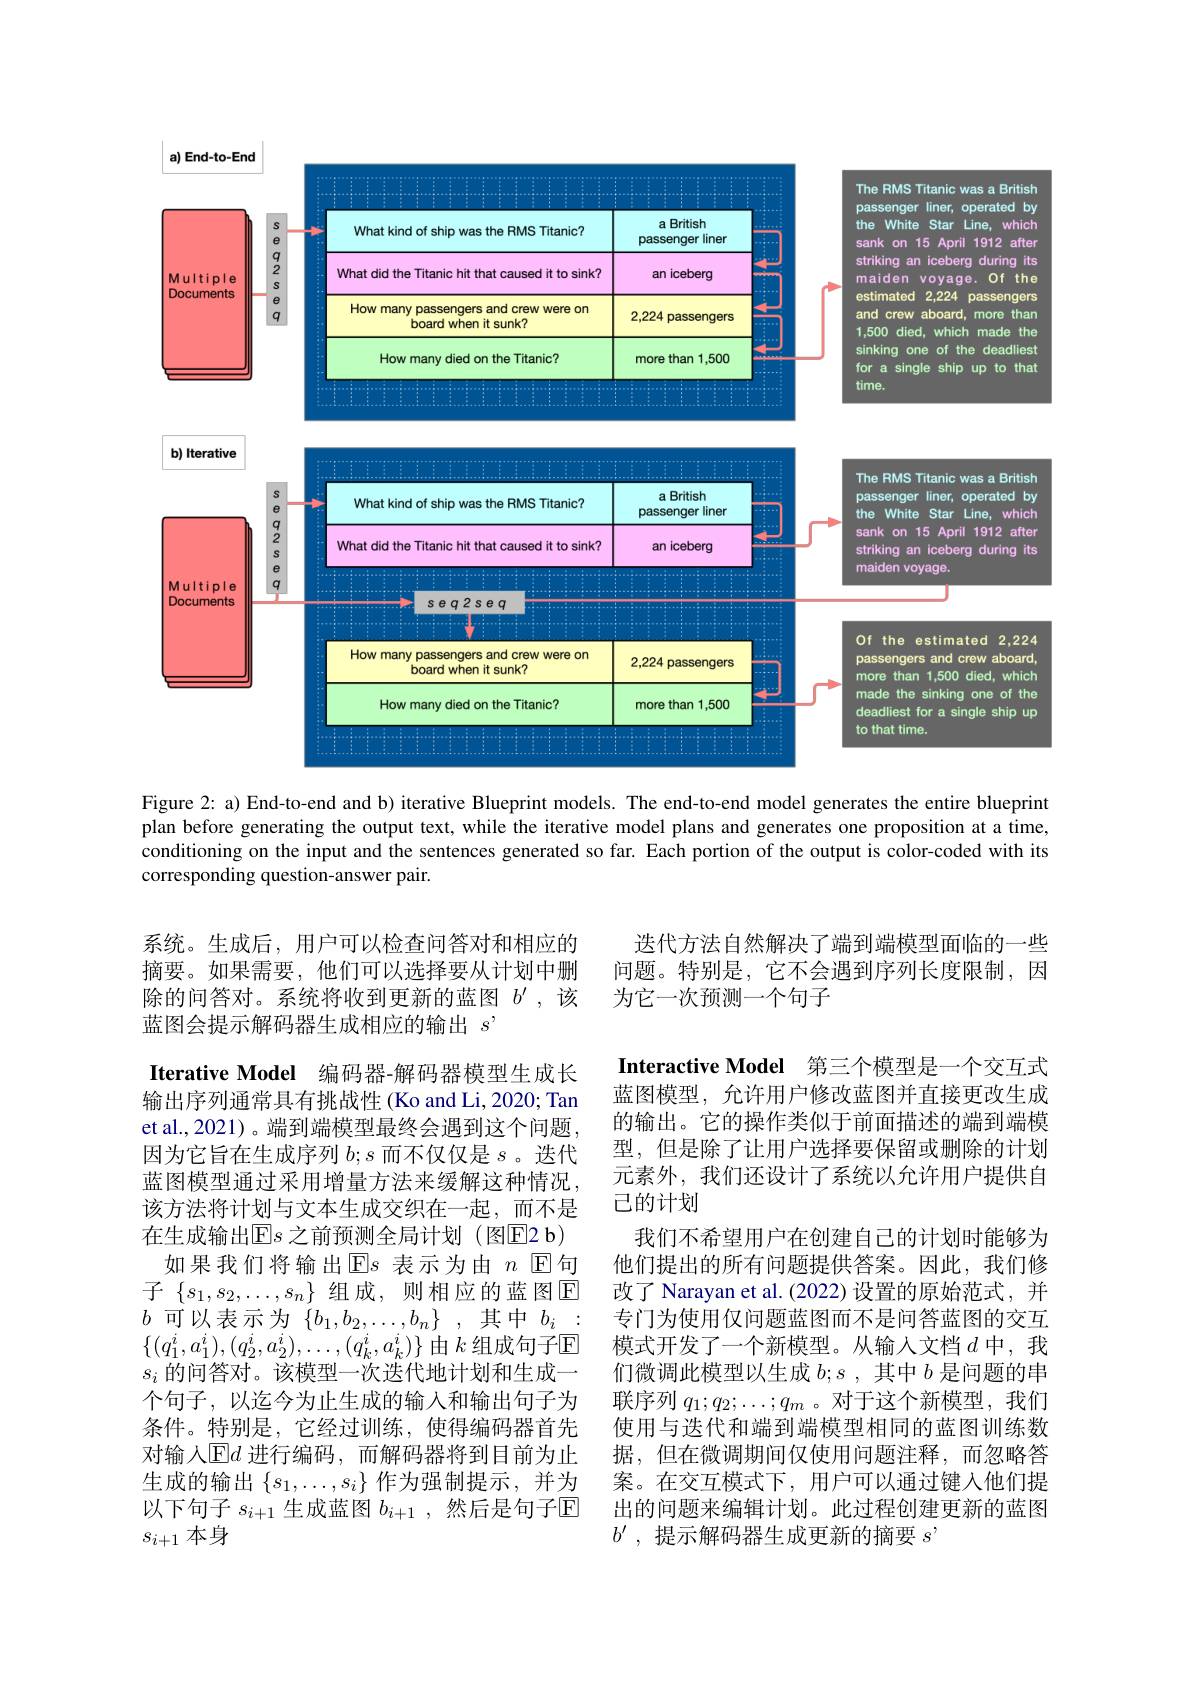
<FigureHere>

Figure 2: a) End-to-end and b) iterative Blueprint models. The end-to-end model generates the entire blueprint plan before generating the output text, while the iterative model plans and generates one proposition at a time, conditioning on the input and the sentences generated so far. Each portion of the output is color-coded with its corresponding question-answer pair.

迭代方法自然解决了端到端模型面临的一些问题。特别是，它不会遇到序列长度限制，因为它一次预测一个句子

系统。生成后，用户可以检查问答对和相应的摘要。如果需要，他们可以选择要从计划中删除的问答对。系统将收到更新的蓝图$b^{\prime}$,该蓝图会提示解码器生成相应的输出$s’$
Iterative Model 编码器-解码器模型生成长输出序列通常具有挑战性(Ko and Li, 2020; Tan et al.,2021)。端到端模型最终会遇到这个问题因为它旨在生成序列$b;s$而不仅仅是$s$。迭代蓝图模型通过采用增量方法来缓解这种情况， 该方法将计划与文本生成交织在一起，而不是在生成输出$\operatorname{E}s$ 之前预测全局计划 (图E2 b)
如果我们将输出E$s$ 表示为由 $n$ E句子$\{s_1,s_2,\ldots,s_n\}$组成，则相应的蓝图$\mathbb{E}$ $b$可以表示为$\{b_1,b_2,\ldots,b_n\}$,其中$b_i:$ $\{(q_1^i,a_1^i),(q_2^i,a_2^i),\ldots,(q_k^i,a_k^i)\}$由$k$组成句子$\mathbb{E}$ $s_i$的问答对。该模型一次迭代地计划和生成一个句子，以迄今为止生成的输入和输出句子为条件。特别是，它经过训练，使得编码器首先对输入$\operatorname{E}d$ 进行编码，而解码器将到目前为止生成的输出$\left\{s_1,\ldots,s_i\right\}$作为强制提示，并为以下句子 $s_i+1$ 生成蓝图 $b_{i+1}$,然后是句子$\mathbb{E}$ $s_{i+1}$本身

Interactive Model 第三个模型是一个交互式蓝图模型，允许用户修改蓝图并直接更改生成的输出。它的操作类似于前面描述的端到端模型，但是除了让用户选择要保留或删除的计划元素外，我们还设计了系统以允许用户提供自已的计划
我们不希望用户在创建自己的计划时能够为他们提出的所有问题提供答案。因此，我们修改了 Narayan et al.(2022) 设置的原始范式，并专门为使用仅问题蓝图而不是问答蓝图的交互模式开发了一个新模型。从输人文档$d$ 中，我们微调此模型以生成$b;s$,其中$b$是问题的串联序列$q_1;q_2;\ldots;q_m$ 。对于这个新模型，我们使用与迭代和端到端模型相同的蓝图训练数据，但在微调期间仅使用问题注释，而忽略答案。在交互模式下，用户可以通过键入他们提出的问题来编辑计划。此过程创建更新的蓝图$b^{\prime }$ , 提示解码器生成更新的摘要 $s^{\prime}$